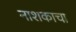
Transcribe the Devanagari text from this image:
नाशकाचा